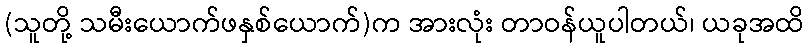
(သူတို့ သမီးယောက်ဖနှစ်ယောက်)က အားလုံး တာဝန်ယူပါတယ်၊ ယခုအထိ